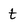
Character: t